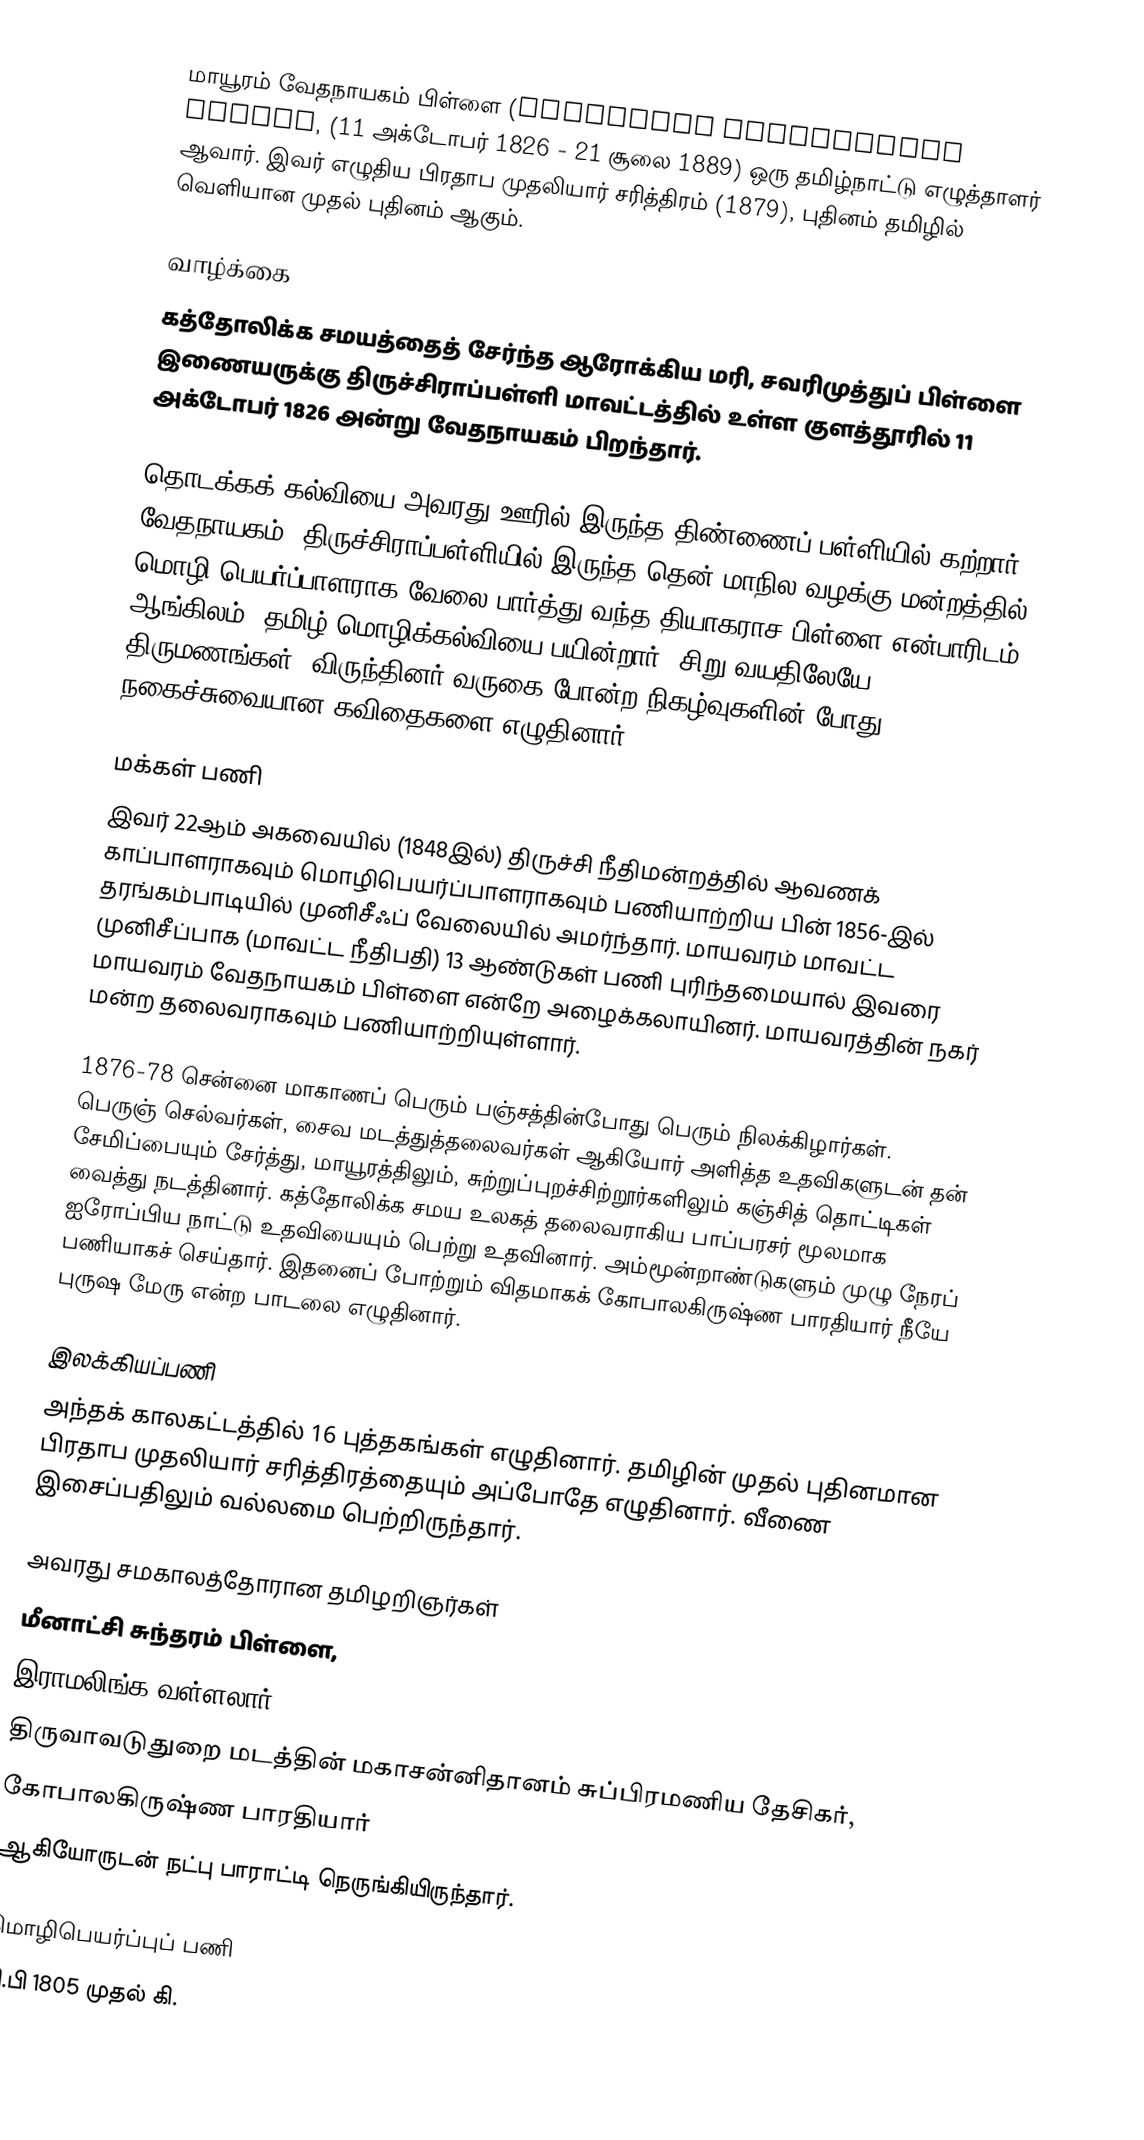
மாயூரம் வேதநாயகம் பிள்ளை (Mayavaram Vedanayagam Pillai,  (11 அக்டோபர் 1826 -  21 சூலை 1889) ஒரு தமிழ்நாட்டு எழுத்தாளர் ஆவார். இவர் எழுதிய பிரதாப முதலியார் சரித்திரம் (1879), புதினம் தமிழில் வெளியான முதல் புதினம் ஆகும்.

வாழ்க்கை
கத்தோலிக்க சமயத்தைத் சேர்ந்த ஆரோக்கிய மரி, சவரிமுத்துப் பிள்ளை இணையருக்கு  திருச்சிராப்பள்ளி மாவட்டத்தில் உள்ள குளத்தூரில் 11 அக்டோபர் 1826 அன்று வேதநாயகம் பிறந்தார்.

தொடக்கக் கல்வியை அவரது ஊரில் இருந்த திண்ணைப் பள்ளியில் கற்றார் வேதநாயகம். திருச்சிராப்பள்ளியில் இருந்த தென் மாநில வழக்கு மன்றத்தில் மொழி பெயர்ப்பாளராக வேலை பார்த்து வந்த தியாகராச பிள்ளை என்பாரிடம் ஆங்கிலம், தமிழ் மொழிக்கல்வியை பயின்றார். சிறு வயதிலேயே திருமணங்கள், விருந்தினர் வருகை போன்ற நிகழ்வுகளின் போது நகைச்சுவையான கவிதைகளை எழுதினார்.

மக்கள் பணி
இவர் 22ஆம் அகவையில் (1848இல்) திருச்சி நீதிமன்றத்தில் ஆவணக் காப்பாளராகவும் மொழிபெயர்ப்பாளராகவும் பணியாற்றிய பின் 1856-இல் தரங்கம்பாடியில் முனிசீஃப் வேலையில் அமர்ந்தார். மாயவரம் மாவட்ட முனிசீப்பாக (மாவட்ட நீதிபதி) 13 ஆண்டுகள் பணி புரிந்தமையால் இவரை மாயவரம் வேதநாயகம் பிள்ளை என்றே அழைக்கலாயினர். மாயவரத்தின் நகர் மன்ற தலைவராகவும் பணியாற்றியுள்ளார்.

1876-78 சென்னை மாகாணப் பெரும் பஞ்சத்தின்போது பெரும் நிலக்கிழார்கள். பெருஞ் செல்வர்கள், சைவ மடத்துத்தலைவர்கள் ஆகியோர் அளித்த உதவிகளுடன் தன் சேமிப்பையும் சேர்த்து, மாயூரத்திலும், சுற்றுப்புறச்சிற்றூர்களிலும் கஞ்சித் தொட்டிகள் வைத்து நடத்தினார். கத்தோலிக்க சமய உலகத் தலைவராகிய பாப்பரசர் மூலமாக ஐரோப்பிய நாட்டு உதவியையும் பெற்று உதவினார். அம்மூன்றாண்டுகளும் முழு நேரப் பணியாகச் செய்தார். இதனைப் போற்றும் விதமாகக் கோபாலகிருஷ்ண பாரதியார் நீயே புருஷ மேரு என்ற பாடலை எழுதினார்.

இலக்கியப்பணி
அந்தக் காலகட்டத்தில் 16 புத்தகங்கள் எழுதினார். தமிழின் முதல் புதினமான பிரதாப முதலியார் சரித்திரத்தையும் அப்போதே எழுதினார். வீணை இசைப்பதிலும் வல்லமை பெற்றிருந்தார்.

அவரது சமகாலத்தோரான தமிழறிஞர்கள்
 மீனாட்சி சுந்தரம் பிள்ளை,
 இராமலிங்க வள்ளலார்,
 திருவாவடுதுறை மடத்தின் மகாசன்னிதானம் சுப்பிரமணிய தேசிகர்,
 கோபாலகிருஷ்ண பாரதியார்
ஆகியோருடன் நட்பு பாராட்டி நெருங்கியிருந்தார்.

மொழிபெயர்ப்புப் பணி
கி.பி 1805 முதல் கி.